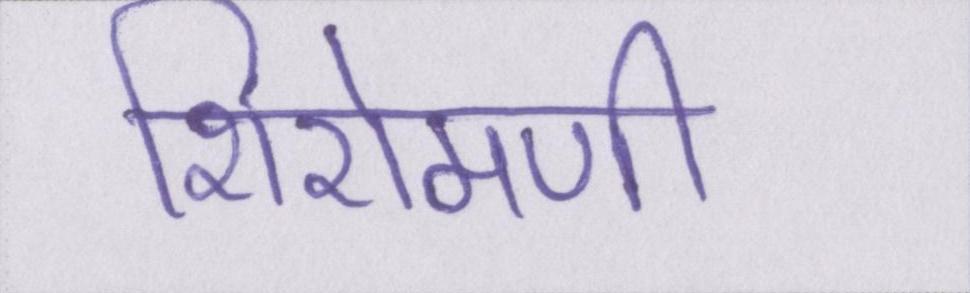
शिरोमणी